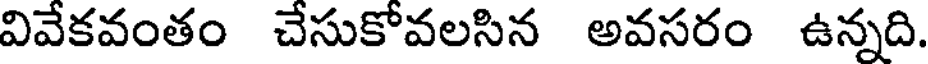
వివేకవంతం చేసుకోవలసిన అవసరం ఉన్నది.